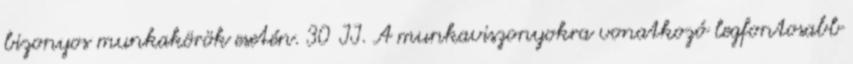
bizonyos munkakörök esetén. 30 II. A munkaviszonyokra vonatkozó legfontosabb